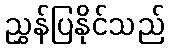
ညွှန်ပြနိုင်သည်